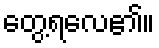
တွေ့ရလေ၏။